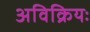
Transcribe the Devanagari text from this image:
अविक्रियः